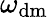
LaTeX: \omega_{\mathrm{dm}}